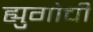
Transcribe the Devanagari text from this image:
ह्युगोची